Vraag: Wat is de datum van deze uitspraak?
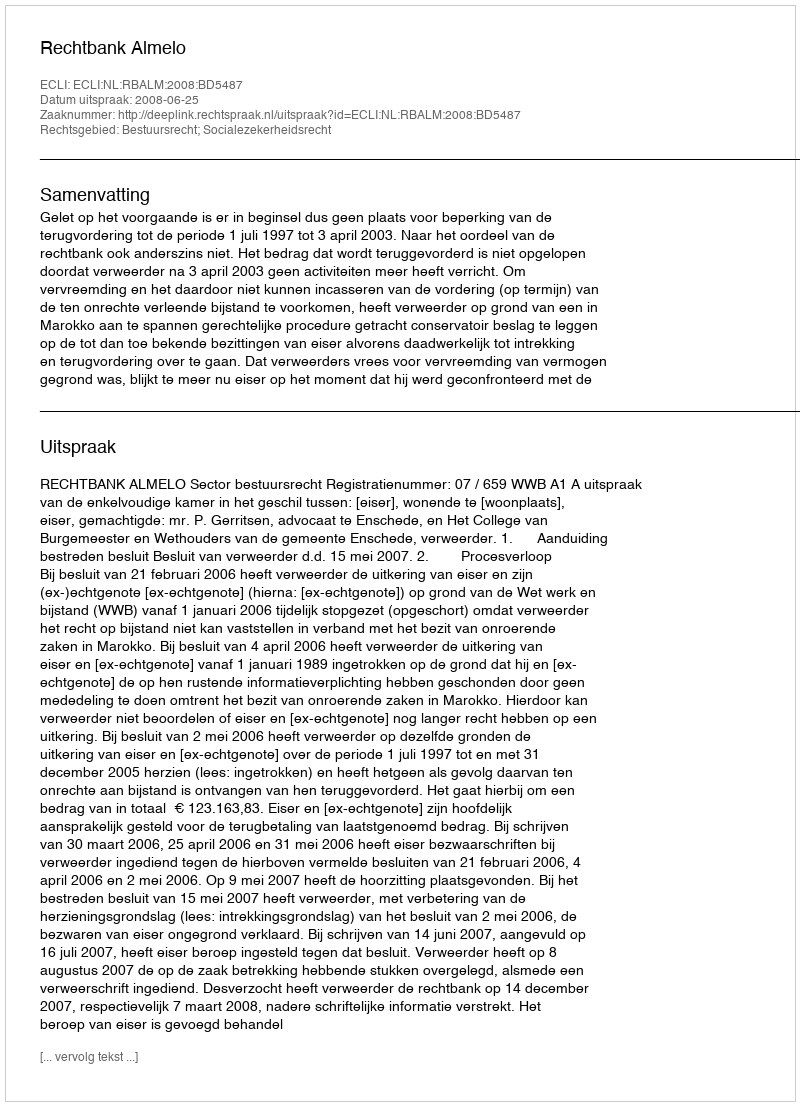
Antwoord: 2008-06-25